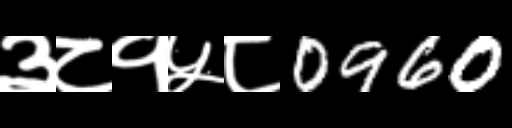
Text: ३८१५८0960